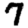
Digit: 7